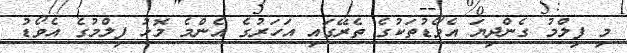
މި ފިލްމު ގެންދިޔަ އެވޯޑުތަކުގެ ތެރޭގައި އަހަރުގެ އެންމެ މޮޅު ފިލްމުގެ އެވޯޑު